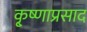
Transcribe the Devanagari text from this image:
कृ्ष्णाप्रसाद